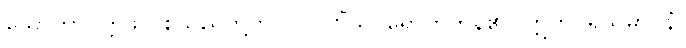
သောတာပတ္တိဖိုလ်စသည်တို့ကို။ ပါပုဏိံသု၊ ရောက်ကုန်၏။ ဣတိပရိသမာပနံ၊